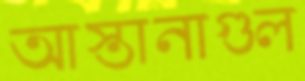
আস্তানাগুল